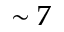
\sim 7